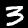
Digit: 3